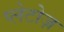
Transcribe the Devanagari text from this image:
प्लेटोज़